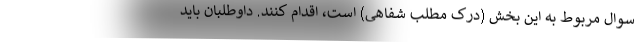
سوال مربوط به این بخش (درک مطلب شفاهی) است، اقدام کنند. داوطلبان باید